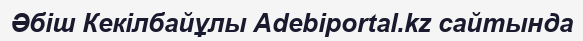
Әбіш Кекілбайұлы Adebiportal.kz сайтында